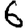
Digit: 6